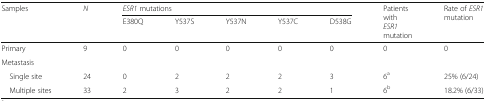
<table><thead><tr><td rowspan="2"><b>Samples</b></td><td rowspan="2"><b><i>N</i></b></td><td colspan="5"><b><i>ESR1</i> mutations</b></td><td rowspan="2"><b>Patients with <i>ESR1</i> mutation</b></td><td rowspan="2"><b>Rate of <i>ESR1</i> mutation</b></td></tr><tr><td><b>E380Q</b></td><td><b>Y537S</b></td><td><b>Y537N</b></td><td><b>Y537C</b></td><td><b>D538G</b></td></tr></thead><tbody><tr><td>Primary</td><td>9</td><td>0</td><td>0</td><td>0</td><td>0</td><td>0</td><td>0</td><td>0</td></tr><tr><td colspan="9">Metastasis</td></tr><tr><td> Single site</td><td>24</td><td>0</td><td>2</td><td>2</td><td>2</td><td>3</td><td>6<sup>a</sup></td><td>25% (6/24)</td></tr><tr><td> Multiple sites</td><td>33</td><td>2</td><td>3</td><td>2</td><td>2</td><td>1</td><td>6<sup>b</sup></td><td>18.2% (6/33)</td></tr></tbody></table>